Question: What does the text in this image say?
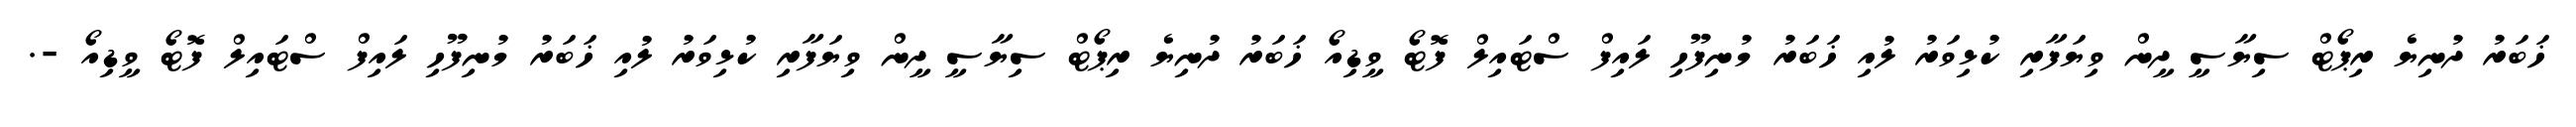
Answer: ޚަބަރު ދުނިޔެ ރިޕޯޓް ސިޔާސީ ދީން ވިޔަފާރި ކުޅިވަރު ލުއި ޚަބަރު މުނިފޫހި ލައިފް ސްޓައިލް ފޮޓޯ ވީޑިއޯ ޚަބަރު ދުނިޔެ ރިޕޯޓް ސިޔާސީ ދީން ވިޔަފާރި ކުޅިވަރު ލުއި ޚަބަރު މުނިފޫހި ލައިފް ސްޓައިލް ފޮޓޯ ވީޑިއޯ -.